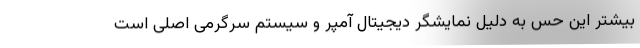
بیشتر این حس به دلیل نمایشگر دیجیتال آمپر و سیستم سرگرمی اصلی است